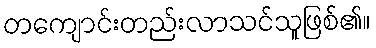
တကျောင်းတည်းလာသင်သူဖြစ်၏။